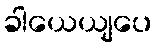
ခါယေယျပေ